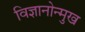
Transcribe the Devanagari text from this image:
विज्ञानोन्मुख